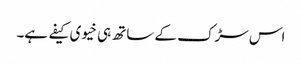
اس سڑک کے ساتھ ہی خیوی کیفے ہے۔